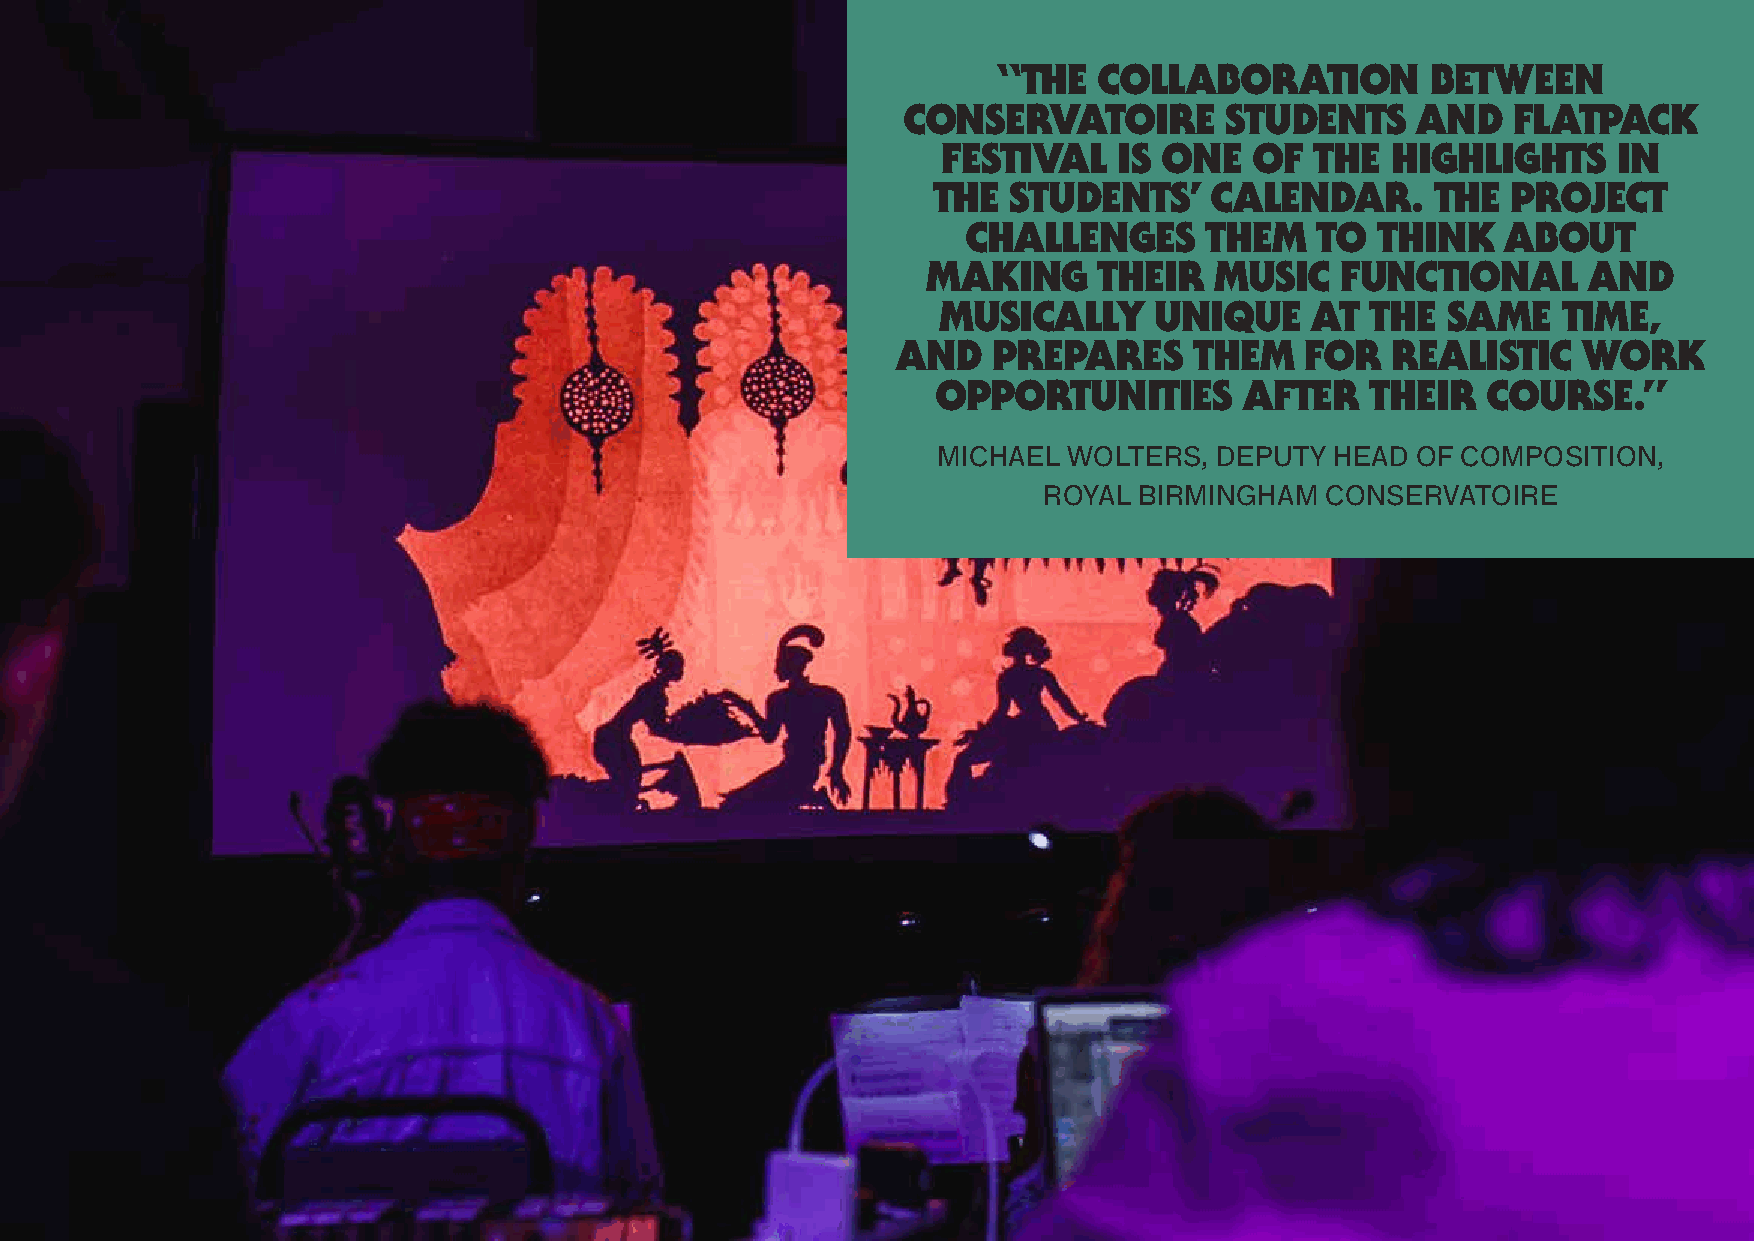
“the   collaBoratIon         Between
 conservatoIre        students     and   Flatpack
 FestIval    Is one   oF  the  hIGhlIGhts     In
 the  students’    calendar.      the  project
 challenGes      them   to  thInk    aBout
 makInG      theIr  musIc    FunctIonal      and
 musIcally     unIque     at  the  same   tIme,
 and    prepares     them   For   realIstIc    work
 opportunItIes       aFter    theIr  course.”
 mIChael  WolteRs, deputY  head of ComposItIon,
 RoYal bIRmIngham   ConseRVatoIRe